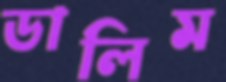
ডালিম